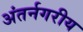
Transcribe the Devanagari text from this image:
अंतर्नगरीय